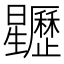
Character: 𣌜